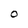
Character: O